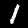
Label: 1